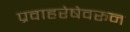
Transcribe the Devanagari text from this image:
प्रवाहरेषेवरून